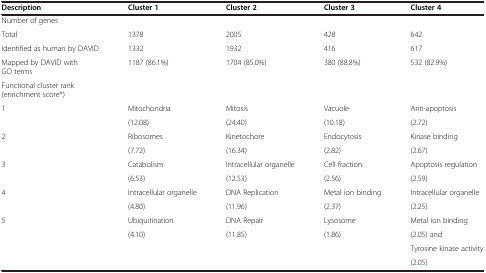
<table><thead><tr><td><b>Description</b></td><td><b>Cluster 1</b></td><td><b>Cluster 2</b></td><td><b>Cluster 3</b></td><td><b>Cluster 4</b></td></tr></thead><tbody><tr><td>Number of genes</td><td> </td><td> </td><td> </td><td> </td></tr><tr><td>Total</td><td>1378</td><td>2005</td><td>428</td><td>642</td></tr><tr><td>Identified as human by DAVID</td><td>1332</td><td>1932</td><td>416</td><td>617</td></tr><tr><td>Mapped by DAVID with GO terms</td><td>1187 (86.1%)</td><td>1704 (85.0%)</td><td>380 (88.8%)</td><td>532 (82.9%)</td></tr><tr><td>Functional cluster rank (enrichment score*)</td><td> </td><td> </td><td> </td><td> </td></tr><tr><td rowspan="2">1</td><td>Mitochondria</td><td>Mitosis</td><td>Vacuole</td><td>Anti-apoptosis</td></tr><tr><td>(12.08)</td><td>(24.40)</td><td>(10.18)</td><td>(2.72)</td></tr><tr><td rowspan="2">2</td><td>Ribosomes</td><td>Kinetochore</td><td>Endocytosis</td><td>Kinase binding</td></tr><tr><td>(7.72)</td><td>(16.34)</td><td>(2.82)</td><td>(2.67)</td></tr><tr><td rowspan="2">3</td><td>Catabolism</td><td>Intracellular organelle</td><td>Cell fraction</td><td>Apoptosis regulation</td></tr><tr><td>(6.53)</td><td>(12.53)</td><td>(2.56)</td><td>(2.59)</td></tr><tr><td rowspan="2">4</td><td>Intracellular organelle</td><td>DNA Replication</td><td>Metal ion binding</td><td>Intracellular organelle</td></tr><tr><td>(4.80)</td><td>(11.96)</td><td>(2.37)</td><td>(2.25)</td></tr><tr><td>5</td><td>Ubiquitination</td><td>DNA Repair</td><td>Lysosome</td><td>Metal ion binding</td></tr><tr><td> </td><td>(4.10)</td><td>(11.85)</td><td>(1.86)</td><td>(2.05) and</td></tr><tr><td> </td><td> </td><td> </td><td> </td><td>Tyrosine kinase activity</td></tr><tr><td> </td><td> </td><td> </td><td> </td><td>(2.05)</td></tr></tbody></table>